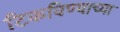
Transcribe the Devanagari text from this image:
टिकविण्याच्या